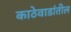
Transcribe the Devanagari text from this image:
काठेवाडांतील